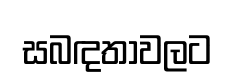
සබඳතාවලට